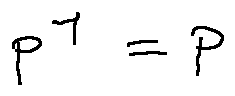
p ^ { 1 } = p